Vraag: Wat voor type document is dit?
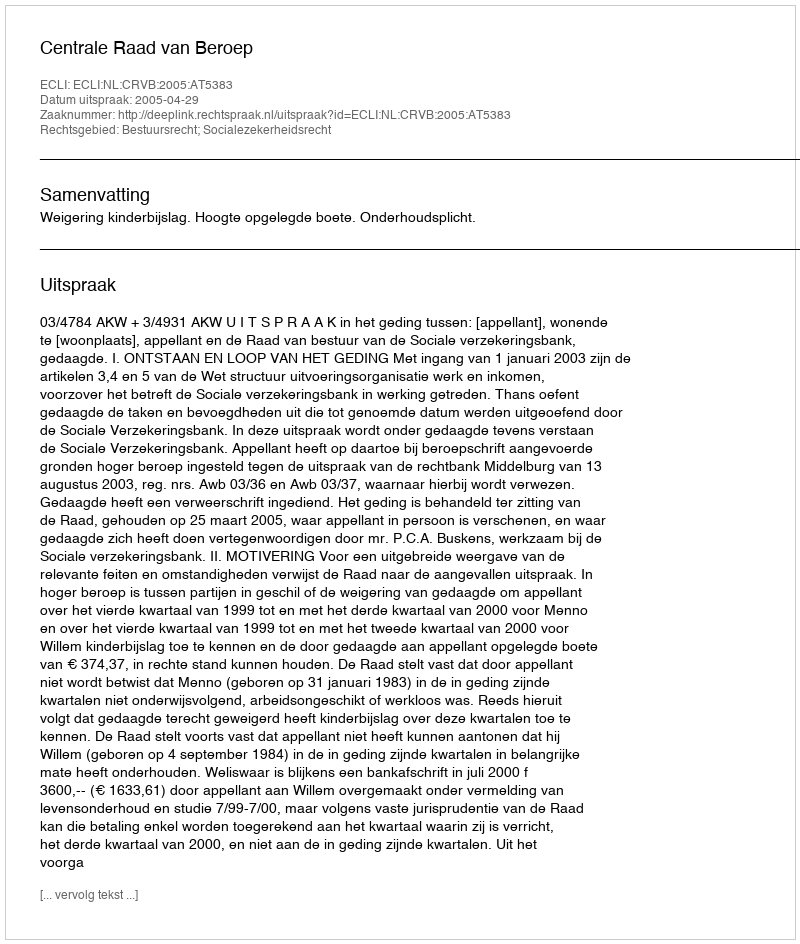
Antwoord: Uitspraak